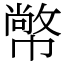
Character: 幤